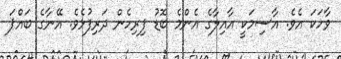
ވާހަކަ އެވެ. އާސިމަކީ އާއިލާގެ އެންމެ ބޮޑު ފިރިހެން ދަރިފުޅެވެ. އޭނާގެ ބައްޕަ